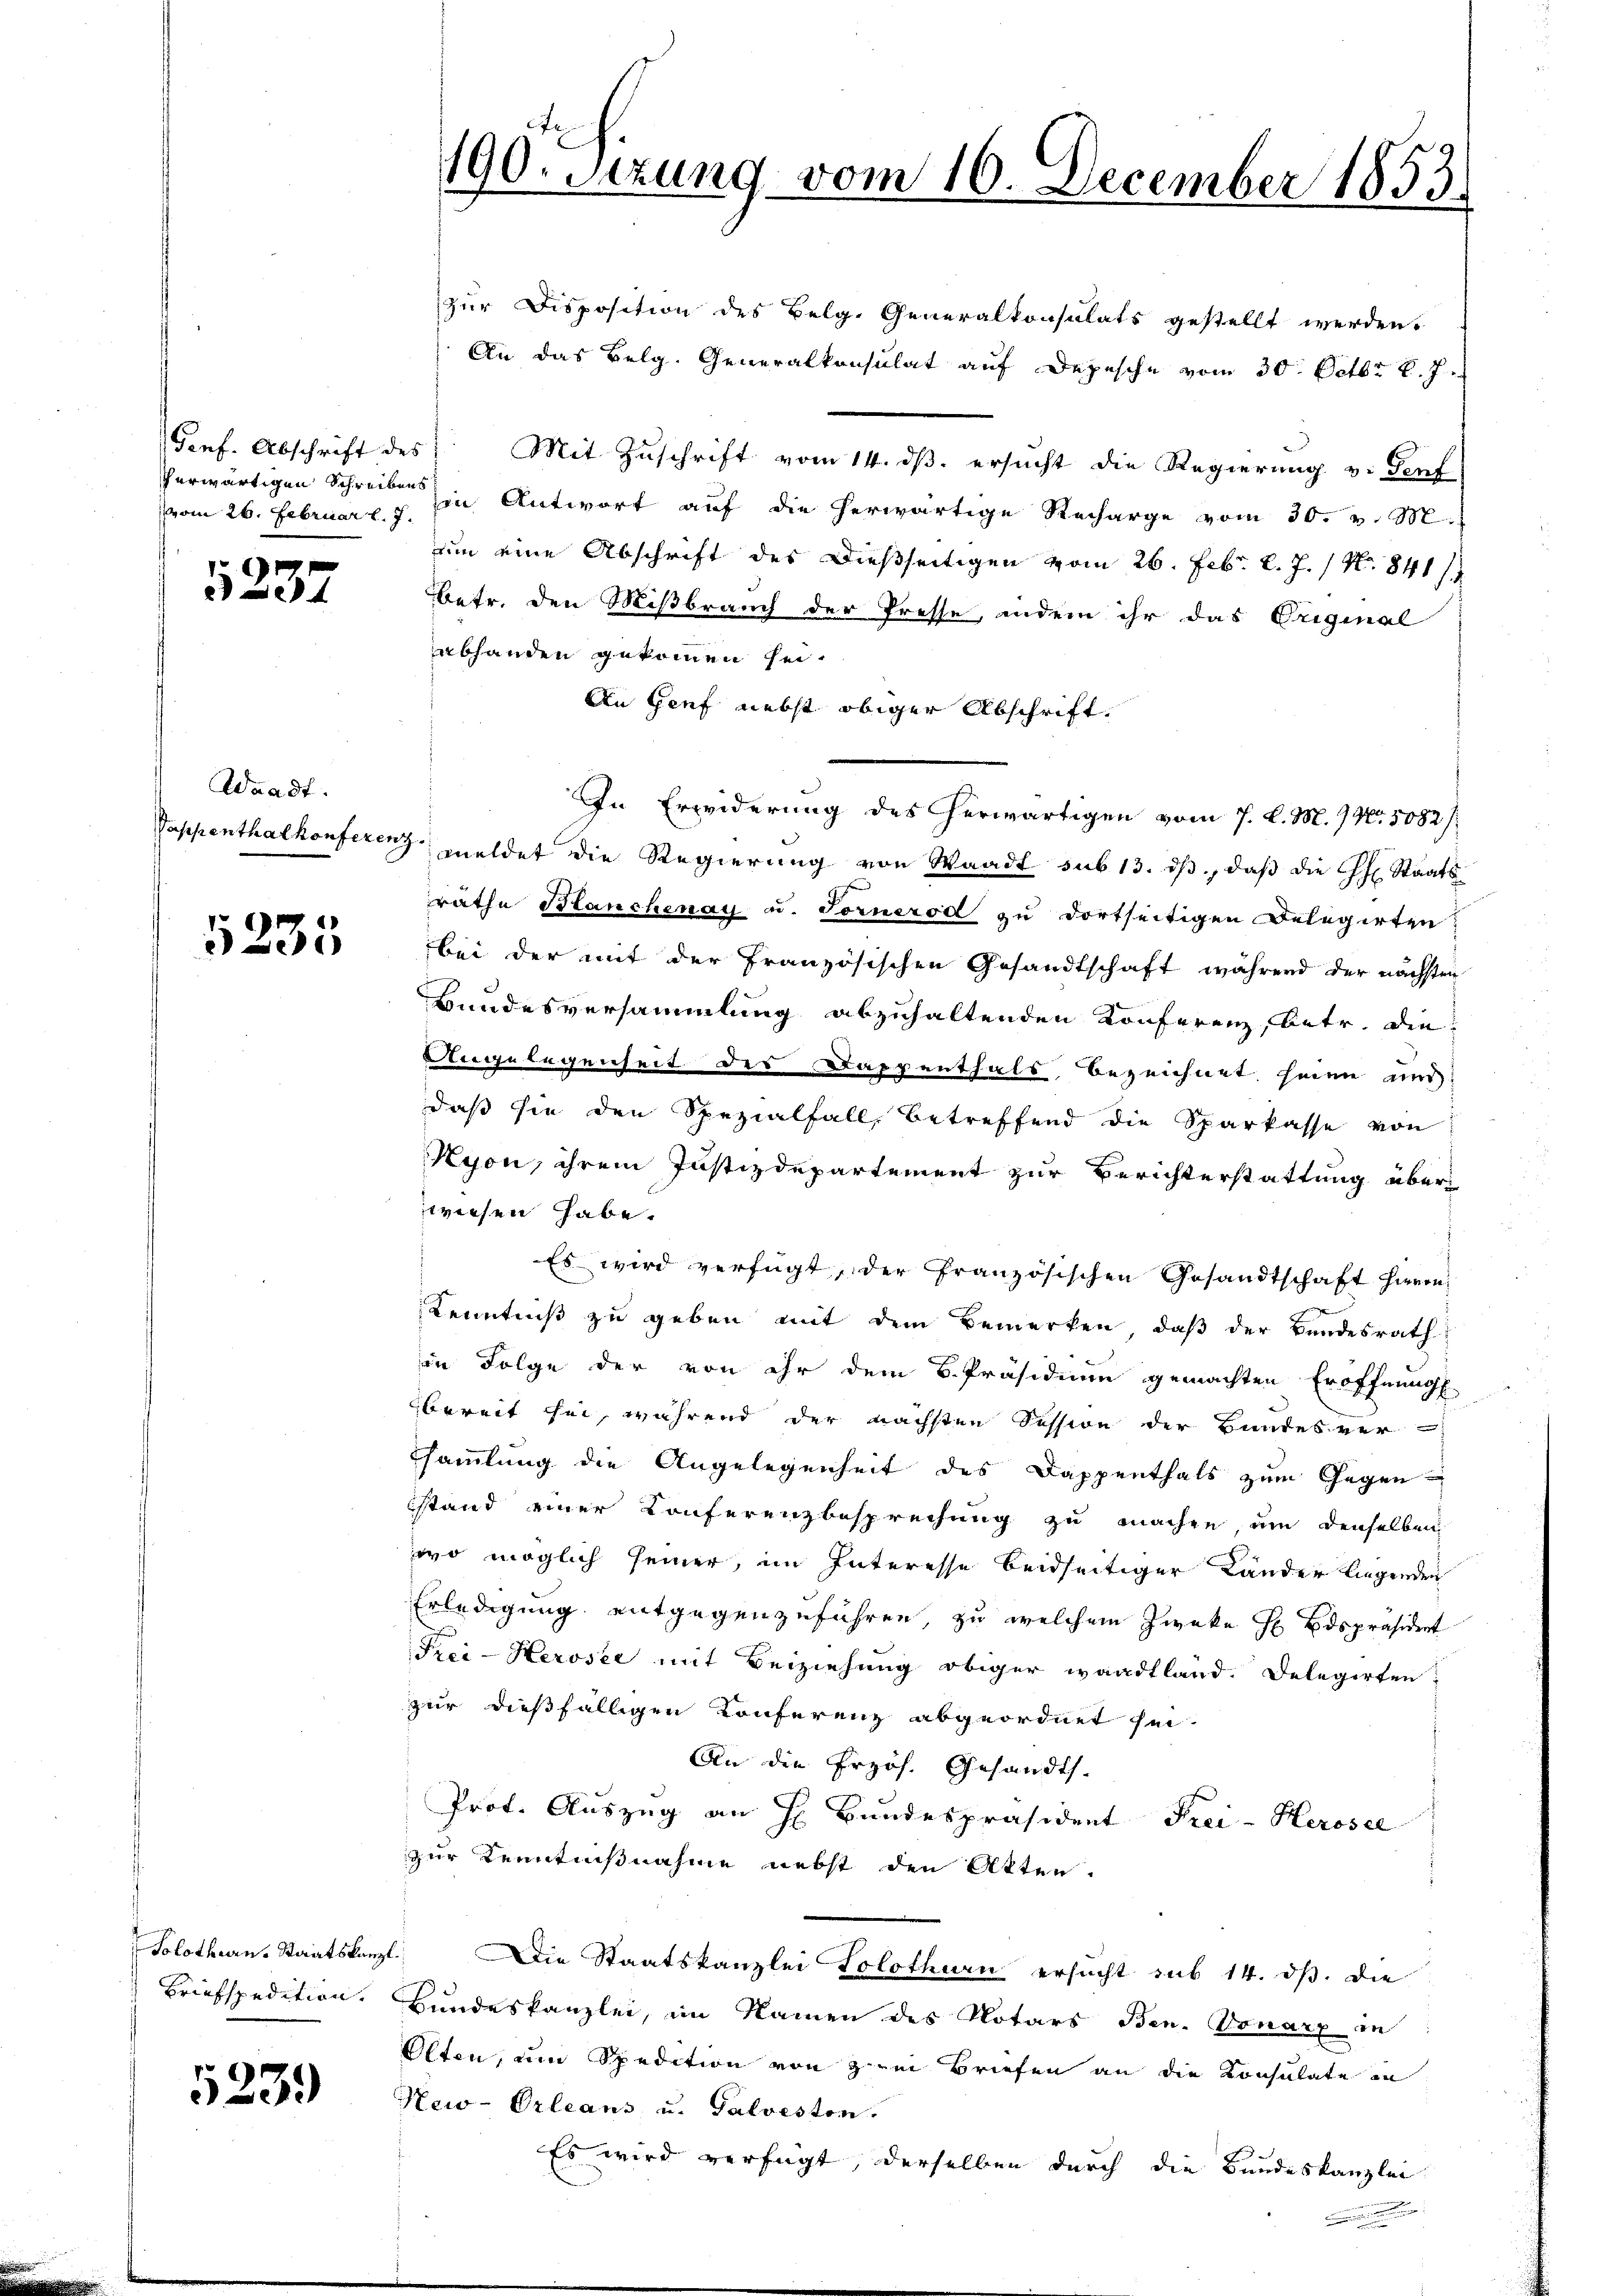
herwärtigen Schreibens
vom 26. Februar l. J.

5237

Waadt.

5235

Briefspedition.

5239

zur Disposition des Belg. Generalkonsulats gestellt werden.
An das Belg. Generalkonsulat auf Depesche vom 30. Octbr. v. J.
Genf. Abschrift des Mit Zuschrift vom 14. dβ. ersucht die Regierung v. Genf
in Antwort auf die herwärtige Recharge vom 30. v. M.
um eine Abschrift des Dießseitigen vom 26. Febr. l. J. / Nr. 841 s
betr. den Mißbrauch der Presse, indem ihr das Original
abhanden gekommen sei.
An Genf nebst obiger Abschrift.
In Erwiderung des herwärtigen vom 7. d. M. No. 5082/
Sappenthalkonferenz meldet die Regierung von Waadt sub 13. dβ, daß die H. Staats-
räthe Blanchenay u. Fornerod zu dortseitigen Belegirten
bei der mit der Französischen Gesandtschaft während der nächsten
Bundesversammlung abzuhaltenden Konferenz, betr. die
Angelegenheit des Kappenthals bezeichnet seien und
daß sie den Spezialfall, betreffend die Sparkasse von
Kyon, ihrem Justizdepartement zur Berichterstattung überwiesen habe.
s
Es wird verfügt, der Französischen Gesandtschaft hieron
Kenntniß zu geben mit dem Bemerken, daß der Bundesrath
in Folge der von ihr dem B. Präsidium gemachten Eröffnung
bereit sei, während der nächsten Session der Bundesver-
sammlung die Angelegenheit des Dappenthals zum Gegenstand einer Conferenzbesprechung zu machen um denselben
wo möglich seiner, im Interesse beidseitiger Länder liegenden
Erledigung entgegenzuführen, zu welchem Zwecke H Bdspräsident
Frei-Kerosee mit Beiziehung obiger waadtland. Delegirten,
zur dießfälligen Konferenz abgeordnet sei.
An die Erzös. Gesandts
Prot. Auszug an H. Bundespräsident Frei-Herosel
zur Kenntnißnahme nebst den Akten.
Solothurn. Staatskanzl. Die Staatskanzlei Solothurn ersucht sub 14. ds. die
Bundeskanzlei, im Namen des Notars Ben. Vonarz in
Olten, um Spedition von zwei Briefen an die Konsulate in
New-Orleans u. Galveston.
Es wird verfügt, derselben durch die Bundeskanzlei
.

190. Sizung vom 10. December 1853.

.